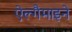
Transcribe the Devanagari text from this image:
ऐल्गैमाइने